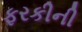
ફરકીની